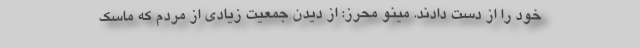
خود را از دست دادند. مینو محرز: از دیدن جمعیت زیادی از مردم که ماسک